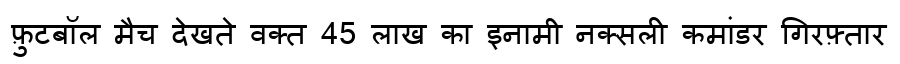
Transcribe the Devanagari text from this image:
फ़ुटबॉल मैच देखते वक्त 45 लाख का इनामी नक्सली कमांडर गिरफ़्तार